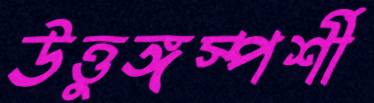
উত্তুঙ্গস্পর্শী